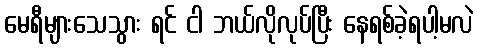
မေရီများသေသွား ရင် ငါ ဘယ်လိုလုပ်ပြီး နေရစ်ခဲ့ရပါ့မလဲ